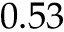
0 . 5 3